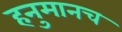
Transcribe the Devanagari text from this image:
हनुमानच